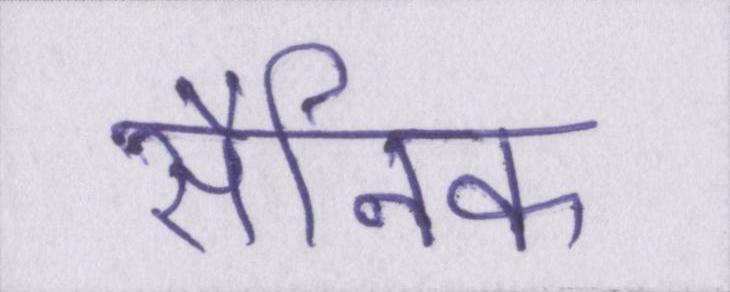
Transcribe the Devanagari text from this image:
सैनिक